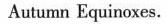
Autumn Equinoxes.